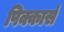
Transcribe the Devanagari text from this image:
पिक्कार्स